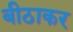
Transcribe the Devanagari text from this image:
बीठाकर